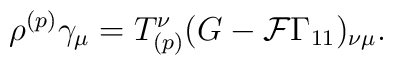
\rho^{(p)} \gamma_\mu = T^{\nu}_{(p)} ( G - {\cal F} \Gamma_{11} )_{\nu \mu}.